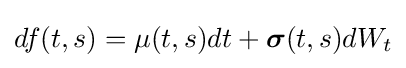
df(t,s)=\mu (t,s)dt+{\boldsymbol {\sigma }}(t,s)dW_{t}